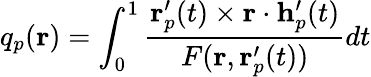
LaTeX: q_{p}(\mathbf{r})=\int_{0}^{1}\frac{\mathbf{r}_{p}^{\prime}(t)\times\mathbf{r}\cdot\mathbf{h}_{p}^{\prime}(t)}{F(\mathbf{r},\mathbf{r}_{p}^{\prime}(t))}dt